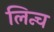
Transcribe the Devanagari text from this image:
लिन्च